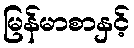
မြန်မာစာနှင့်